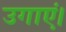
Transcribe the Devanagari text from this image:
उगाएं।